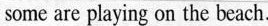
some are playing on the beach.